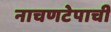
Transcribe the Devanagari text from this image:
नाचणटेपाची